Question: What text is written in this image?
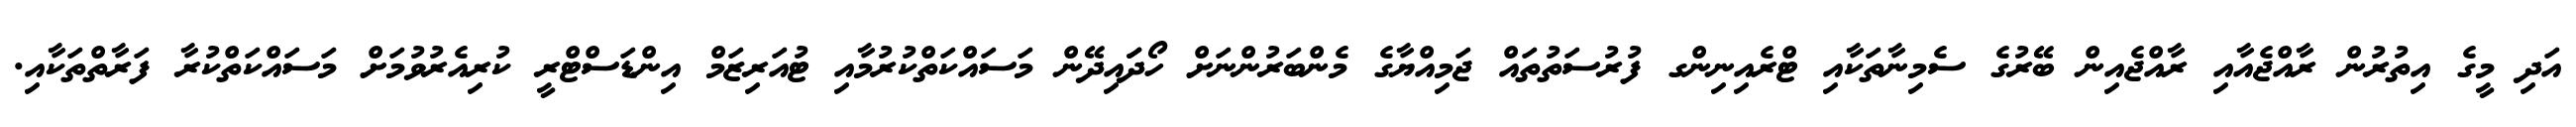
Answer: އަދި މީގެ އިތުރުން ރާއްޖެއާއި ރާއްޖެއިން ބޭރުގެ ސެމިނާތަކާއި ޓްރެއިނިންގ ފުރުސަތުތައް ޖަމިއްޔާގެ މެންބަރުންނަށް ހޯދަައިދޭން މަސައްކަތްކުރުމާއި ޓުއަރިޒަމް އިންޑަސްޓްރީ ކުރިއެރުވުމަށް މަސައްކަތްކުރާ ފަރާތްތަކާއި.